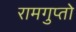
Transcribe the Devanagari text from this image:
रामगुप्तो